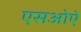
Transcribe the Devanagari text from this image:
एसओऐ